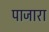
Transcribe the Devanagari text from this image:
पाजारा